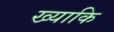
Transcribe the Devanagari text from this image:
ख्याकि